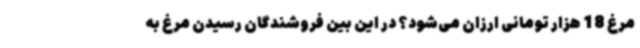
مرغ 18 هزار تومانی ارزان می‌شود؟ در این بین فروشندگان رسیدن مرغ به